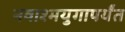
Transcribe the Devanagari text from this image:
नवाश्मयुगापर्यंत